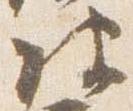
皮